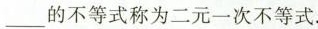
___的不等式称为二元一次不等式.